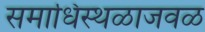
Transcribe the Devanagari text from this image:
समाधिस्थळाजवळ